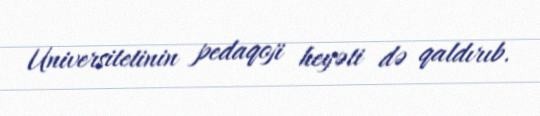
Universitetinin pedaqoji heyəti də qaldırıb.